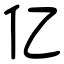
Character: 亿